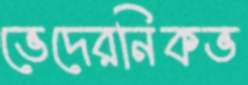
ভেদেরনিকভ